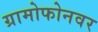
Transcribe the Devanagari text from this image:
ग्रामोफोनवर